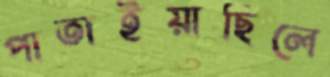
পাতাইয়াছিলে